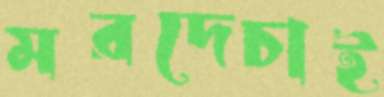
মরদেচাই